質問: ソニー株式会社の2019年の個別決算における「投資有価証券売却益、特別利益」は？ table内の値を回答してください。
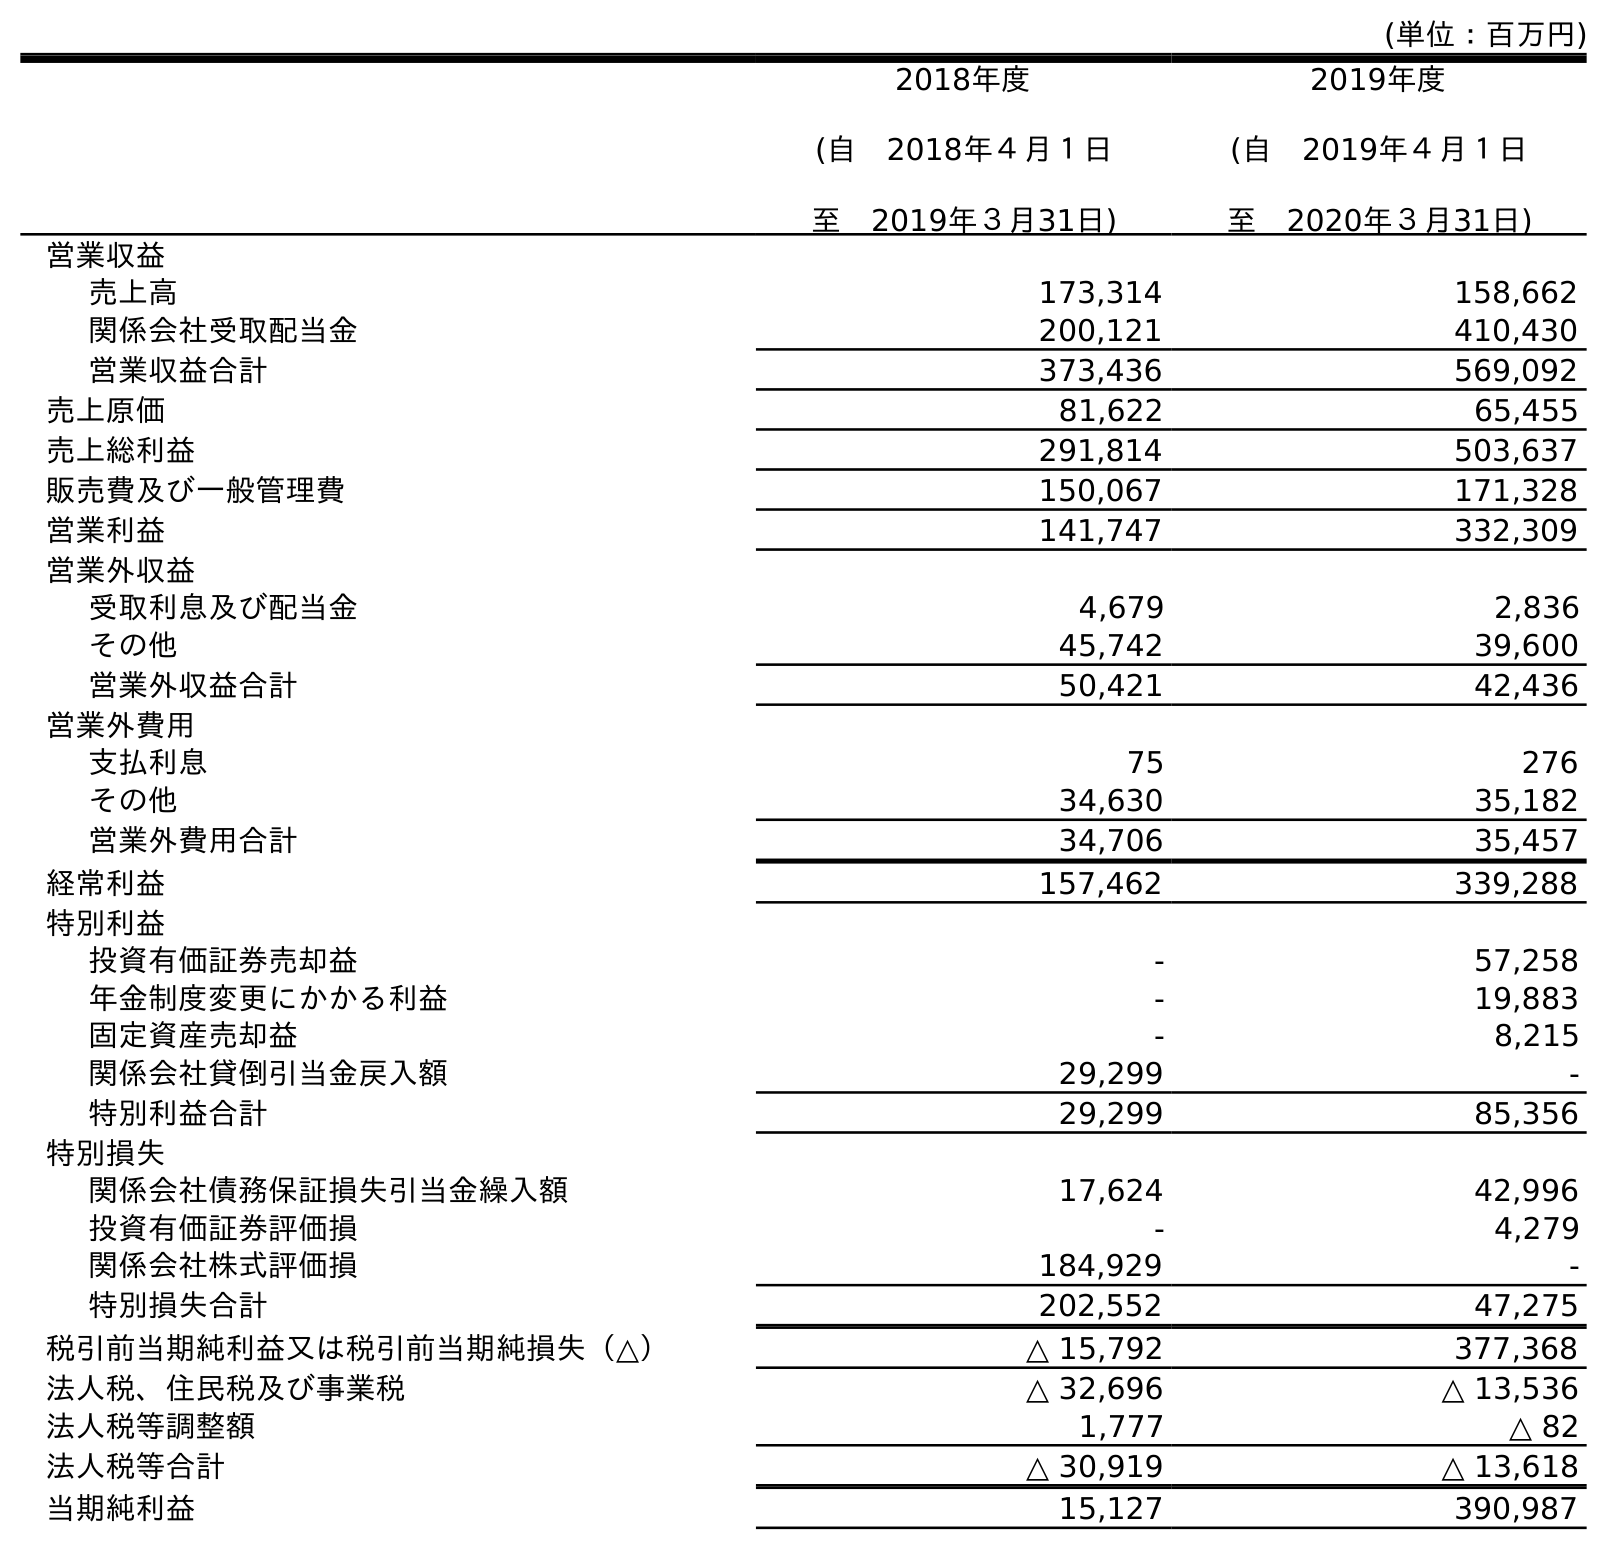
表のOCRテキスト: (単位：百万円) 2018年度 (自 2018年４月１日 至 2019年３月31日) 2019年度 (自 2019年４月１日 至 2020年３月31日) 営業収益 売上高 173,314 158,662 関係会社受取配当金 200,121 410,430 営業収益合計 373,436 569,092 売上原価 81,622 65,455 売上総利益 291,814 503,637 販売費及び一般管理費 150,067 171,328 営業利益 141,747 332,309 営業外収益 受取利息及び配当金 4,679 2,836 その他 45,742 39,600 営業外収益合計 50,421 42,436 営業外費用 支払利息 75 276 その他 34,630 35,182 営業外費用合計 34,706 35,457 経常利益 157,462 339,288 特別利益 投資有価証券売却益 - 57,258 年金制度変更にかかる利益 - 19,883 固定資産売却益 - 8,215 関係会社貸倒引当金戻入額 29,299 - 特別利益合計 29,299 85,356 特別損失 関係会社債務保証損失引当金繰入額 17,624 42,996 投資有価証券評価損 - 4,279 関係会社株式評価損 184,929 - 特別損失合計 202,552 47,275 税引前当期純利益又は税引前当期純損失（△） △ 15,792 377,368 法人税、住民税及び事業税 △ 32,696 △ 13,536 法人税等調整額 1,777 △ 82 法人税等合計 △ 30,919 △ 13,618 当期純利益 15,127 390,987
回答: -